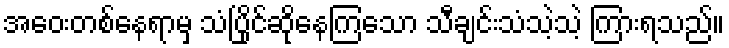
အဝေးတစ်နေရာမှ သံပြိုင်ဆိုနေကြသော သီချင်းသံသဲ့သဲ့ ကြားရသည်။